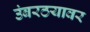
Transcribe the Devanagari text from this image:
उंबरठयावर